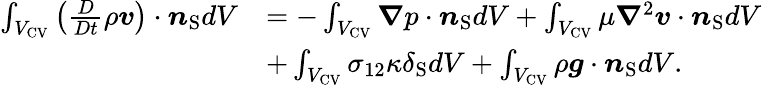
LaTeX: \begin{array}{rl}{\int_{{V_{\mathrm{{CV}}}}}\left(\frac{D}{Dt}\rho\boldsymbol{v}\right)\cdot\boldsymbol{n}_{\mathrm{S}}dV}&{=-\int_{{V_{\mathrm{{CV}}}}}\boldsymbol{\nabla}p\cdot\boldsymbol{n}_{\mathrm{S}}dV+\int_{{V_{\mathrm{{CV}}}}}\mu\boldsymbol{\nabla}^{2}\boldsymbol{v}\cdot\boldsymbol{n}_{\mathrm{S}}dV}\\ &{+\int_{{V_{\mathrm{{CV}}}}}\sigma_{12}\kappa\delta_{\mathrm{S}}dV+\int_{{V_{\mathrm{{CV}}}}}\rho\boldsymbol{g}\cdot\boldsymbol{n}_{\mathrm{S}}dV.}\end{array}